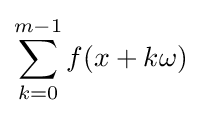
\sum _{k=0}^{m-1}f(x+k\omega )